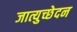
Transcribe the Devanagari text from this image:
जात्युच्छेदन